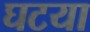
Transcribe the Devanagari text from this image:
घटया